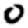
Digit: 0